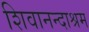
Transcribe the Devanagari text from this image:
शिवानन्दाश्रम